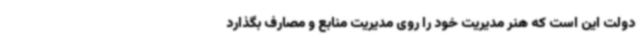
دولت این است که هنر مدیریت خود را روی مدیریت منابع و مصارف بگذارد